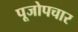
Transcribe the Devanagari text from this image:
पूजोपचार